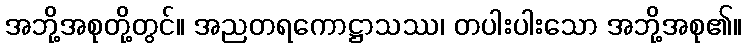
အဘို့အစုတို့တွင်။ အညတရကောဋ္ဌာသဿ၊ တပါးပါးသော အဘို့အစု၏။